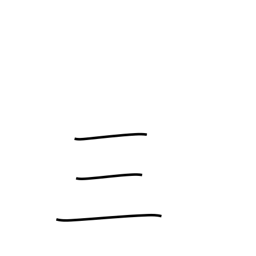
Meaning: three